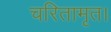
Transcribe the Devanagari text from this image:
चरितामृत।